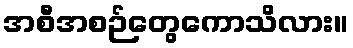
အစီအစဉ်တွေကောသိလား။